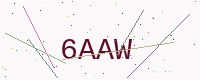
Text: 6AAW